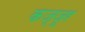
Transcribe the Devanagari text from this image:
कज्जूर